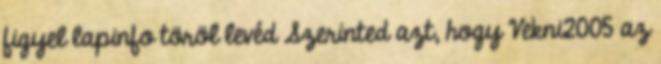
figyel lapinfo töröl levéd Szerinted azt, hogy Vekni2005 az